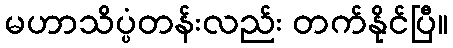
မဟာသိပ္ပံတန်းလည်း တက်နိုင်ပြီ။